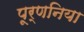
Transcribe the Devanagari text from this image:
पूर्णनिया